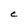
Character: C